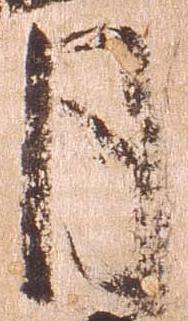
月